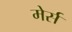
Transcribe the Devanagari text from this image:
मेर्स